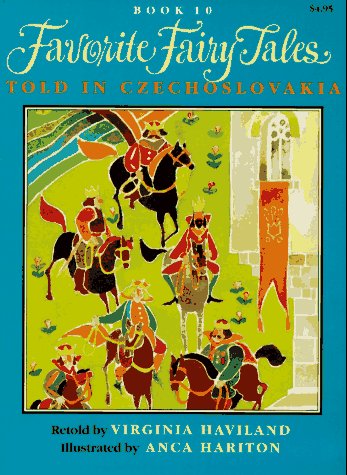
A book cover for Favorite Fairy Tales Told in Czechoslovakia; Virginia Haviland; Children's Books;